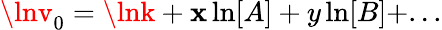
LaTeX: \lnv_{0}=\lnk+\mathbf{x}\ln[A]+y\ln[B]+...